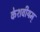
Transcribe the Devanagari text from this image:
केशवीयम्